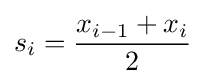
s_{i}={\frac {x_{i-1}+x_{i}}{2}}